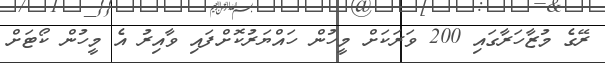
ރޭގެ މުޒާހަރާގައި 200 ވަރަކަށް މީހުން ހައްޔަރުކޮށްފައި ވާއިރު އެ މީހުން ކޯޓަށް